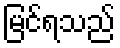
မြင်ရသည်